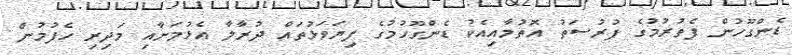
ޑެންގޫހުން ފެތުރުމުގެ ފުރުސަތު އޮތުމާއިއެކު ޑެންގޫހުމުގެ ފިޔަވަޅުތައް ދުރާލާ އެޅުމަށާއި މަދިރި ހެފުމުން